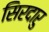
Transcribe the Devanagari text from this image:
सिरदारु